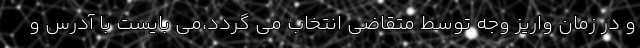
و در زمان واريز وجه توسط متقاضي انتخاب مي گردد،مي بايست با آدرس و